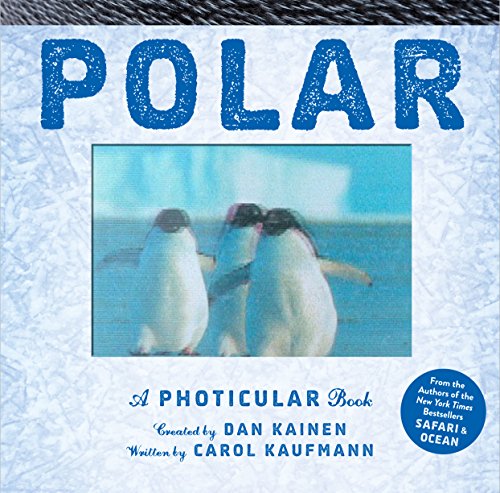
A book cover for Polar: A Photicular Book; Dan Kainen; Science & Math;